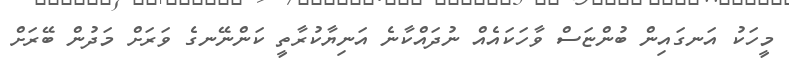
މީހަކު އަނގައިން ބުންޏަސް ވާހަކައެއް ނުދައްކާނެ އަނިޔާކުރާތީ ކަންނޭނގެ ވަރަށް މަދުން ބޭރަށް